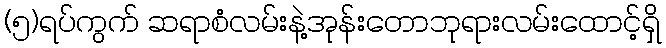
(၅)ရပ်ကွက် ဆရာစံလမ်းနဲ့အုန်းတောဘုရားလမ်းထောင့်ရှိ